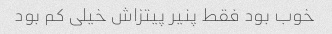
خوب بود فقط پنیر پیتزاش خیلی کم بود